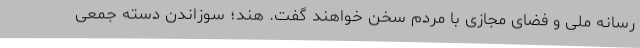
رسانه ملی و فضای مجازی با مردم سخن خواهند گفت. هند؛ سوزاندن دسته جمعی